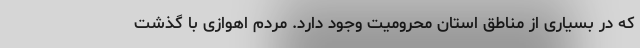
که در بسیاری از مناطق استان محرومیت وجود دارد. مردم اهوازی با گذشت